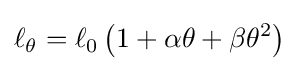
\ell _{\theta }=\ell _{0}\left(1+\alpha \theta +\beta \theta ^{2}\right)